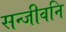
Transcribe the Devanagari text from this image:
सन्जीवनि